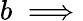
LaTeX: b\implies